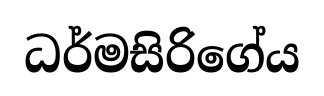
ධර්මසිරිගේය